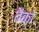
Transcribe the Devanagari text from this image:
तैको